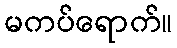
မကပ်ရောက်။